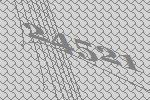
24521